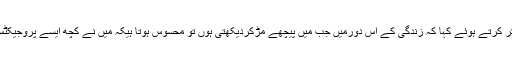
اداکارہ نے نہایت جذباتی انداز میں اپنی ناکامیوں کا ذکر کرتے ہوئے کہا کہ زندگی کے اس دورمیں جب میں پیچھے مڑکردیکھتی ہوں تو محسوس ہوتا ہیکہ میں نے کچھ ایسے پروجیکٹس سائن کیے تھے جنہوں نے میرا کیرئیر برباد کردیا۔